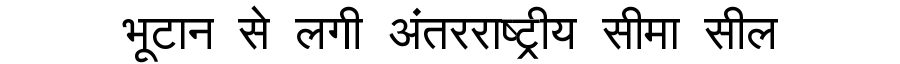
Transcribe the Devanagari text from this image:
भूटान से लगी अंतरराष्ट्रीय सीमा सील